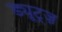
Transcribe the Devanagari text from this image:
ड्यूट्ज़